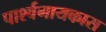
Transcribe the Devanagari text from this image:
पार्श्वगायकास